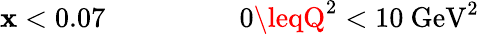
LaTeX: \mathbf{x}<0.07~~~~~~~~~~~~~~~~~~~0\leqQ^{2}<10~\mathrm{{GeV}}^{2}